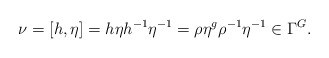
\begin{align*} \nu = [h,\eta] = h\eta h^{-1}\eta^{-1} = \rho \eta^{g} \rho^{-1} \eta^{-1} \in \Gamma^G.\end{align*}